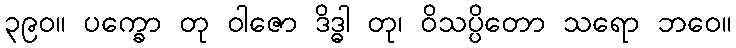
၃၉၀။ ပက္ခော တု ဝါဇော ဒိဒ္ဓါ တု၊ ဝိသပ္ပိတော သရော ဘဝေ။